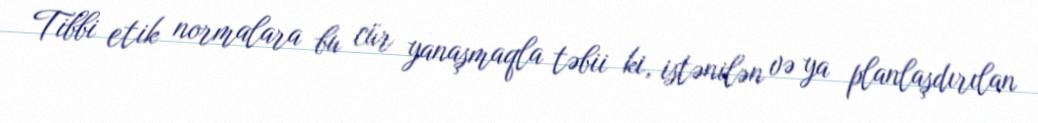
Tibbi etik normalara bu cür yanaşmaqla təbii ki, istənilən və ya planlaşdırılan